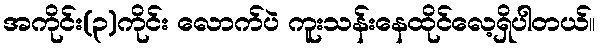
အကိုင်း(၃)ကိုင်း လောက်ပဲ ကူးသန်းနေထိုင်လေ့ရှိပါတယ်။